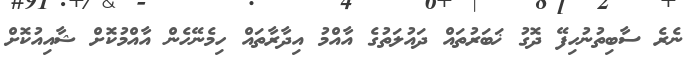
ނެރެ ސާބިތުނުހިފޭ ދޮގު ޚަބަރުތައް ދައުލަތުގެ އާއްމު އިދާރާތައް ހިމެނޭހެން އާއްމުކޮށް ޝާއިއުކޮށް